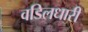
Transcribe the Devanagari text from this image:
वडिलधारी